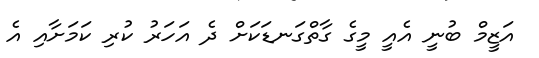
އަޒީމް ބުނީ އެއީ މީގެ ގާތްގަނޑަކަށް ދެ އަހަރު ކުރި ކަމަށާއި އެ